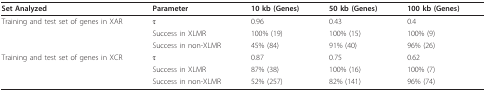
<table><thead><tr><td><b>Set Analyzed</b></td><td><b>Parameter</b></td><td><b>10 kb (Genes)</b></td><td><b>50 kb (Genes)</b></td><td><b>100 kb (Genes)</b></td></tr></thead><tbody><tr><td>Training and test set of genes in XAR</td><td>τ</td><td>0.96</td><td>0.43</td><td>0.4</td></tr><tr><td></td><td>Success in XLMR</td><td>100% (19)</td><td>100% (15)</td><td>100% (9)</td></tr><tr><td></td><td>Success in non-XLMR</td><td>45% (84)</td><td>91% (40)</td><td>96% (26)</td></tr><tr><td>Training and test set of genes in XCR</td><td>τ</td><td>0.87</td><td>0.75</td><td>0.62</td></tr><tr><td></td><td>Success in XLMR</td><td>87% (38)</td><td>100% (16)</td><td>100% (7)</td></tr><tr><td></td><td>Success in non-XLMR</td><td>52% (257)</td><td>82% (141)</td><td>96% (74)</td></tr></tbody></table>